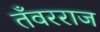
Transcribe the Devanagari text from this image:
तँवरराज